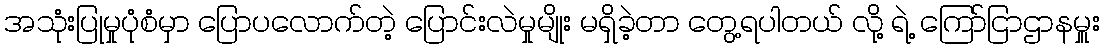
အသုံးပြုမှုပုံစံမှာ ပြောပလောက်တဲ့ ပြောင်းလဲမှုမျိုး မရှိခဲ့တာ တွေ့ရပါတယ် လို့ ရဲ့ ကြော်ငြာဌာနမှူး